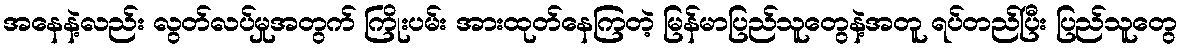
အနေနဲ့လည်း လွတ်လပ်မှုအတွက် ကြိုးပမ်း အားထုတ်နေကြတဲ့ မြန်မာပြည်သူတွေနဲ့အတူ ရပ်တည်ပြီး ပြည်သူတွေ